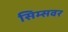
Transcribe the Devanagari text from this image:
सिम्सवर